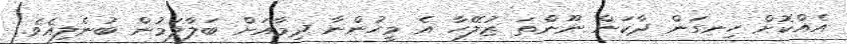
އެއްކޮށް ހިނގަން ދާކަން ނޫންތަ ޒުލޭހާ އެ މީހުންނާ ދިމާއަށް ބަލާލަމުން ބުނެލިއެވެ.